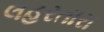
લહરતારા